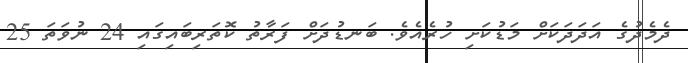
ދެމެދުގެ އަދަދަކަށް މަޑުކަށި ހުރެއެވެ. ބަނޑުދަށް ފަރާތު ކޮތަރިބައިގައި 24 ނުވަތަ 25